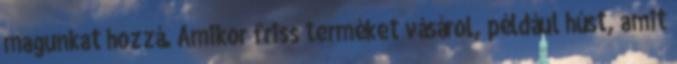
magunkat hozzá. Amikor friss terméket vásárol, például húst, amit